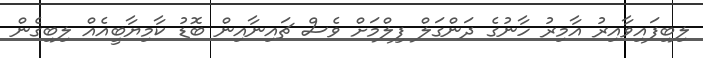
ލިބިފައިވާއިރު އާމިރު ހާނުގެ ދަންގަލް ފިލްމަށް ވެސް ޗައިނާއިން ބޮޑު ކާމިޔާބީއެއް ލިބިގެން